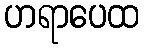
ဟရာပေထ